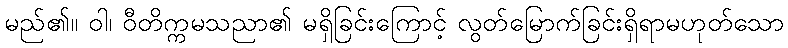
မည်၏။ ဝါ၊ ဝီတိက္ကမသညာ၏ မရှိခြင်းကြောင့် လွတ်မြောက်ခြင်းရှိရာမဟုတ်သော